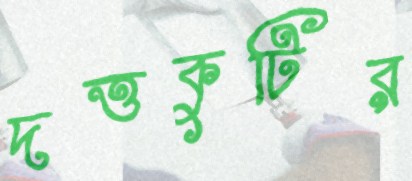
দত্তকুটির